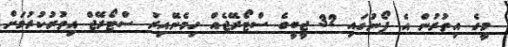
މީގެ އިތުރުން އެ ފޯނުގައި 32 ޖީބީގެ ސްޓޯރޭޖެއް ހިމެނޭއިރު ސްޓޯރޭޖް އިތުރުކުރުމަށް